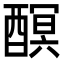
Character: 𨢎